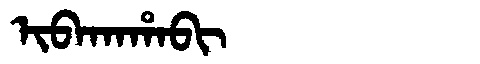
Manchu: ᡳᠪᠠᡴᠠᡥᠠᠪᡳ
Romanization: IBAKAHABI